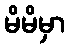
မိမိမှာ